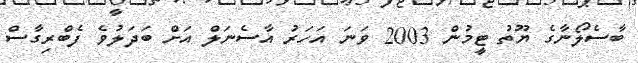
ބާސެލޯނާގެ ޔޫތު ޓީމުން 2003 ވަނަ އަހަރު އާސެނަލް އަށް ބަދަލުވެ ފެބްރިގާސް